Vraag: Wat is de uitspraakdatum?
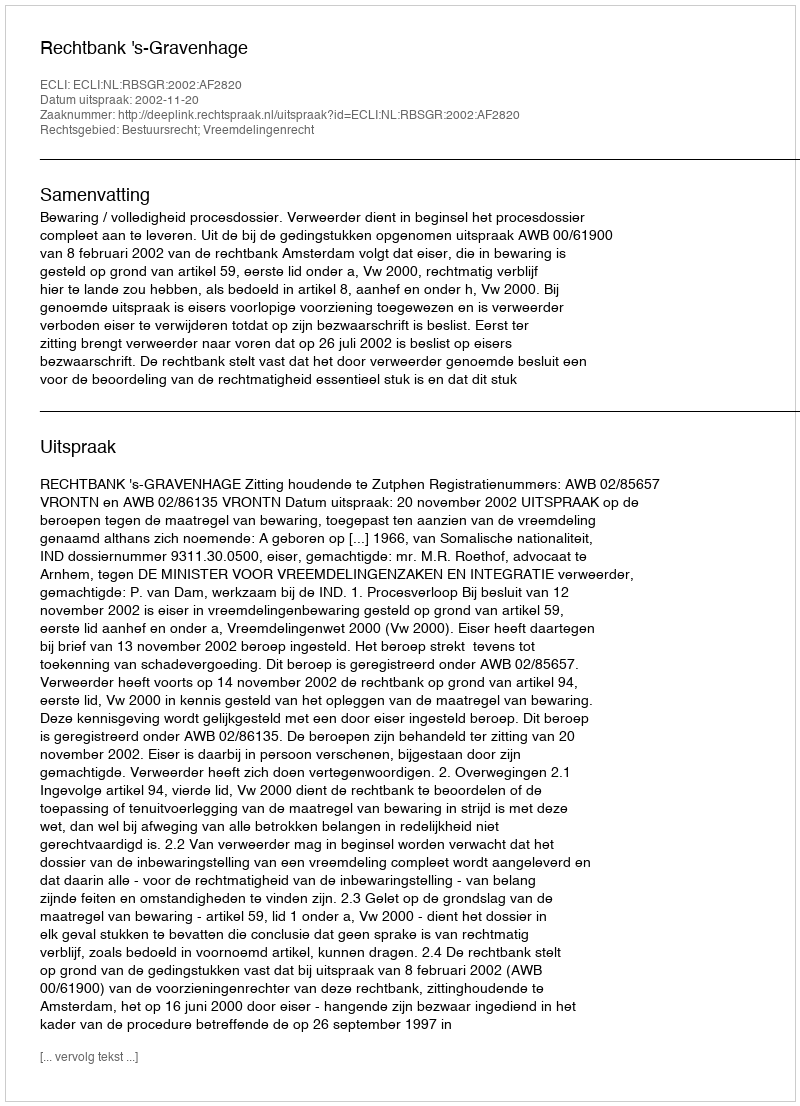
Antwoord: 2002-11-20